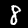
Label: 8